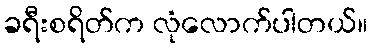
ခရီးစရိတ်က လုံလောက်ပါတယ်။